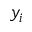
y _ { i }